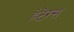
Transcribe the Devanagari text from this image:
हेटेरस